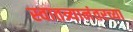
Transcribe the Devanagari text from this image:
स्वातत्र्यानंतरच्या